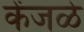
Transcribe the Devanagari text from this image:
केंजळे